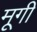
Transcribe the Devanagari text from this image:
मूगी